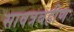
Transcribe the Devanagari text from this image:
सावत्रबहीण